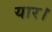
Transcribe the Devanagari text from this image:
यार।